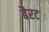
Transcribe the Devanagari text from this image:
बैरट